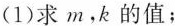
(1)求m，k的值；